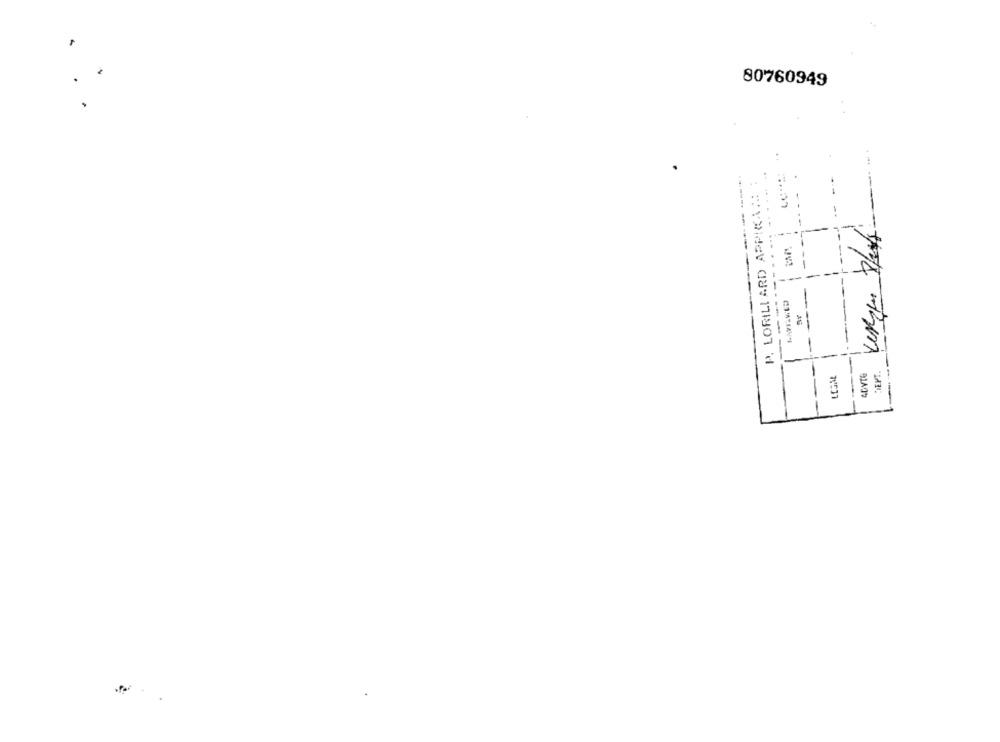
80760949
P. LORILLARD APPIKAAN :
------
--
.....
--
--
------
-
EVT.